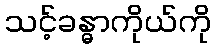
သင့်ခန္ဓာကိုယ်ကို